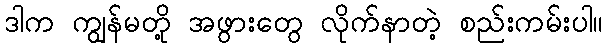
ဒါက ကျွန်မတို့ အဖွားတွေ လိုက်နာတဲ့ စည်းကမ်းပါ။